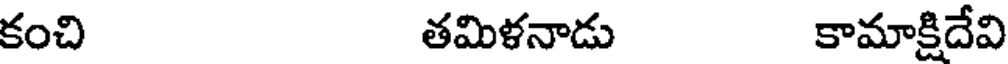
కంచి తమిళనాడు కామాక్షిదేవి